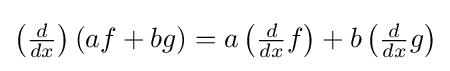
\left({\tfrac {d}{dx}}\right)(af+bg)=a\left({\tfrac {d}{dx}}f\right)+b\left({\tfrac {d}{dx}}g\right)